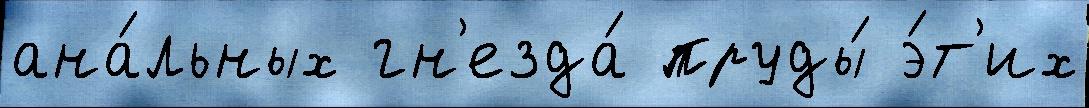
ана́льных гн'езда́ пруды́ э́т'их